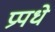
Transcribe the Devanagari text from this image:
प्रपधे